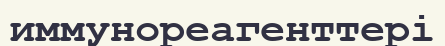
иммунореагенттері